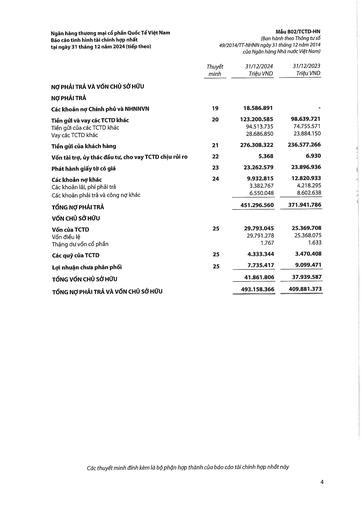
||Thuyết minh|31/12/2024 Triệu VND|31/12/2023 Triệu VND| |---|---|---|---| |NỢ PHẢI TRẢ VÀ VỐN CHỦ SỞ HỮU|||| |NỢ PHẢI TRẢ|||| |Các khoản nợ Chính phủ và NHNNVN|19|18.586.891|| |Tiền gửi và vay các TCTD khác|20|123.200.585|98.639.721| |Tiền gửi của các TCTD khác||94.513.735|74.755.571| |Vay các TCTD khác||28.686.850|23.884.150| |Tiền gửi của khách hàng|21|276.308.322|236.577.266| |Vốn tài trợ, ủy thác đầu tư, cho vay TCTD chịu rủi ro|22|5.368|6.930| |Phát hành giấy tờ có giá|23|23.262.579|23.896.936| |Các khoản nợ khác|24|9.932.815|12.820.933| |Các khoản lãi, phí phải trả||3.382.767|4.218.295| |Các khoản phải trả và công nợ khác||6.550.048|8.602.638| |TỔNG NỢ PHẢI TRẢ||451.296.560|371.941.786| |VỐN CHỦ SỞ HỮU|||| |Vốn của TCTD|25|29.793.045|25.369.708| |Vốn điều lệ||29.791.278|25.368.075| |Thặng dư vốn cổ phần||1.767|1.633| |Các quỹ của TCTD|25|4.333.344|3.470.408| |Lợi nhuận chưa phân phối|25|7.735.417|9.099.471| |TỔNG VỐN CHỦ SỞ HỮU||41.861.806|37.939.587| |TỔNG NỢ PHẢI TRẢ VÀ VỐN CHỦ SỞ HỮU||493.158.366|409.881.373|